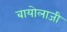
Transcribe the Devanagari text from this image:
बायोलाजी